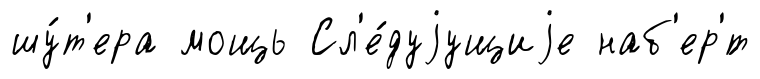
шу́т'ера мощь Сл'е́дуjущиjе наб'ер'́т